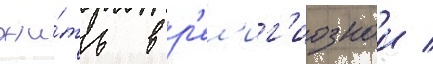
жи́ть в р'ел'иг'иознои /